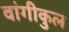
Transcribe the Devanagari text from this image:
वांगीकुल